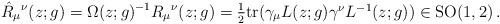
LaTeX: \begin{align*}\hat{R}_{\mu}{}^{\nu}(z;g)=\Omega(z;g)^{-1}R_{\mu}{}^{\nu}(z;g)=\textstyle{\frac{1}{2}}\mbox{tr}(\gamma_{\mu}L(z;g)\gamma^{\nu}L^{-1}(z;g))\in \mbox{SO}(1,2)\,.\end{align*}